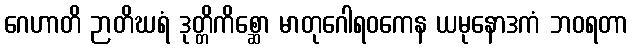
ဂေဟာတိ ဉာတိဃရံ ဒုတ္တိကိစ္ဆော မာတုဂေါရဝကေန ယမုနောဒကံ ဘဝရတာ